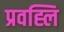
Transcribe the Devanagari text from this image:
प्रवह्लि